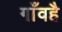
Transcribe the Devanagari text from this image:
गाँवहै